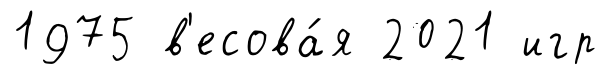
1975 в'есова́я 2021 игр